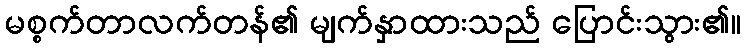
မစ္စက်တာလက်တန်၏ မျက်နှာထားသည် ပြောင်းသွား၏။